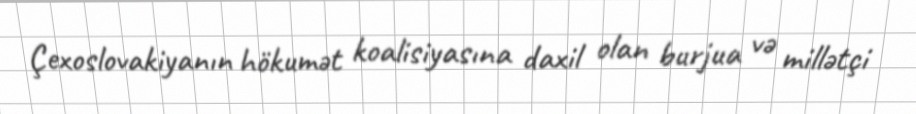
Çexoslovakiyanın hökumət koalisiyasına daxil olan burjua və millətçi